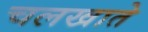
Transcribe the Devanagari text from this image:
चलखाते